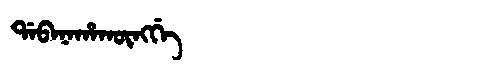
Manchu: ᡩᠠᠪᠠᠨᠠᡥᠠᡴᡡᠩᡤᡝ
Romanization: DABANAHAKŪNGGE